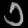
Digit: ၁